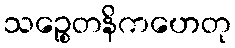
သဉ္စေတနိကဟေတု